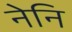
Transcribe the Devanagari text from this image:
नेनि